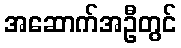
အဆောက်အဦတွင်